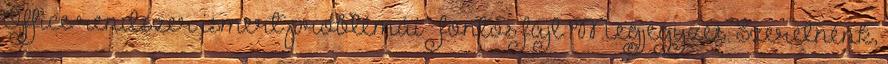
Office rendszer ismert problémái – fontos fájl Megjegyzés: Szeretnénk,